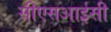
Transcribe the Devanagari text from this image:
सीएसआईसी